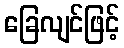
ခြေလျင်ဖြင့်